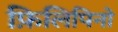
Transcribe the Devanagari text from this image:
फ़िलिपिनो